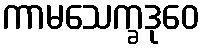
ကာမသေက္ခဒုဝေ